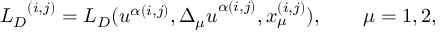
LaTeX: { { L } _ { D } } ^ { ( i , j ) } = { L } _ { D } ( u ^ { \alpha ( i , j ) } , { \Delta _ { \mu } u } ^ { \alpha ( i , j ) } , x _ { \mu } ^ { ( i , j ) } ) , \qquad \mu = 1 , 2 ,